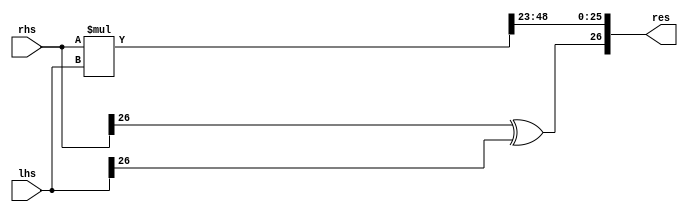
module fxp_mult #(parameter WIDTH = 27, parameter FBITS = 23) (
    input wire signed [WIDTH - 1:0] rhs,
    input wire signed [WIDTH - 1:0] lhs,
    output wire signed [WIDTH - 1:0] res
);
wire [WIDTH * 2 - 1:0] temp;
assign temp = rhs * lhs;
assign res = {rhs[WIDTH - 1] ^lhs[WIDTH - 1],temp[(WIDTH + FBITS - 2) :FBITS]};

endmodule